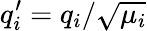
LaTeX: q_{i}^{\prime}=q_{i}/\sqrt{\mu_{i}}